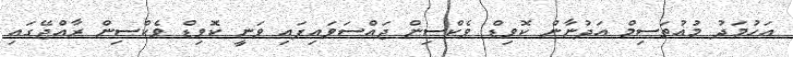
އަހުމަދު މުއުތަސިމް އަދުނާން ކޮވިޑް ވެކްސިން ޖައްސަވައިފައި ވަނީ ކޮވިޑް ވެކްސިން ރާއްޖޭގައި